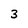
Character: 3